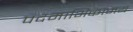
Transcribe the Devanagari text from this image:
पदमाभिकामय